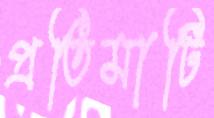
প্রতিমাটি